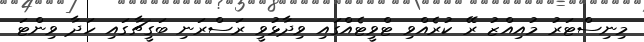
މިނިސްޓަރު މުއިއްޒު ރޭ ކުރެއްވި ޓްވީޓެއްގައި ވިދާޅުވީ ރަސްރަނި ބަގީޗާގައި ހަދާ ވިންޓަ